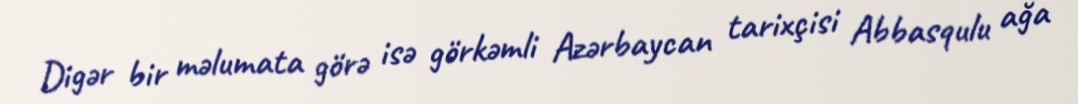
Digər bir məlumata görə isə görkəmli Azərbaycan tarixçisi Abbasqulu ağa